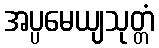
အပ္ပမေယျသုတ္တံ